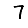
Digit: 7